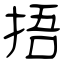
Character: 捂